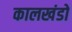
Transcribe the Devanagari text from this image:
कालखंडो